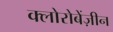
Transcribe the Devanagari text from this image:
क्लोरोबेंज़ीन